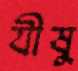
যীষু